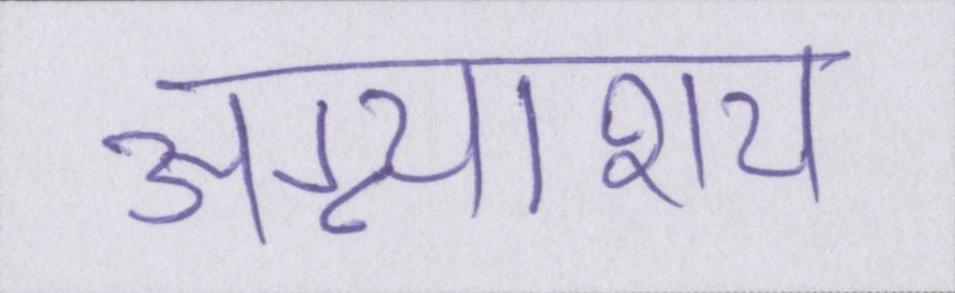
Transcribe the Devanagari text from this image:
अग्न्याशय